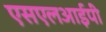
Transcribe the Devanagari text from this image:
एसएलआईपी